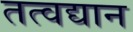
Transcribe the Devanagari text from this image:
तत्वद्यान